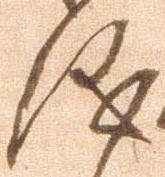
儀